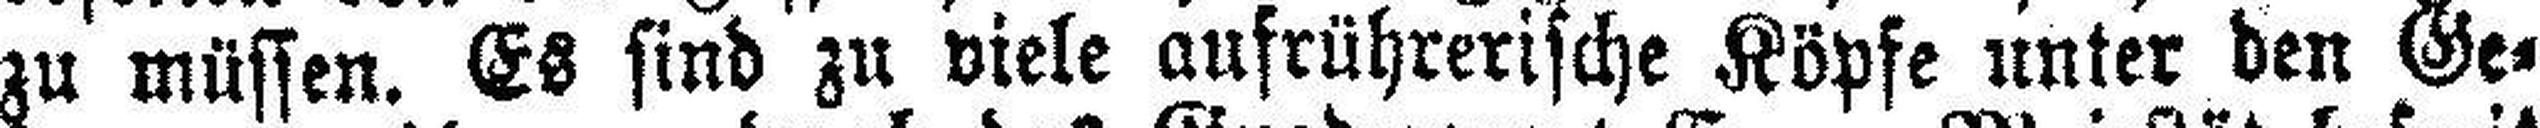
zu müssen. Es sind zu viele aufrührerische Köpfe unter den Ge¬